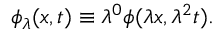
\phi _ { \lambda } ( x , t ) \equiv \lambda ^ { 0 } \phi ( \lambda x , \lambda ^ { 2 } t ) .